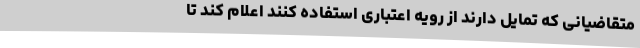
متقاضیانی که تمایل دارند از رویه اعتباری استفاده کنند اعلام کند تا